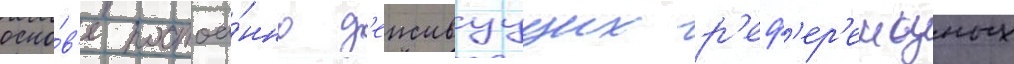
осно́в'е постоа́нно д'еиствуущих р'еф'ер'енцных